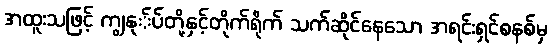
အထူးသဖြင့် ကျွနု်ပ်တို့နှင့်တိုက်ရိုက် သက်ဆိုင်နေသော အရင်းရှင်စနစ်မှ